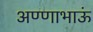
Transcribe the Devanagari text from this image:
अण्णाभाऊं